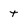
Character: t